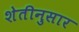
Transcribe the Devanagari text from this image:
शेतीनुसार